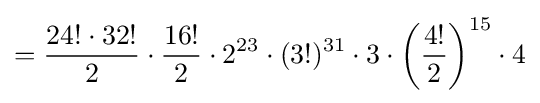
={\frac {24!\cdot 32!}{2}}\cdot {\frac {16!}{2}}\cdot 2^{23}\cdot (3!)^{31}\cdot 3\cdot {\left({\frac {4!}{2}}\right)}^{15}\cdot 4